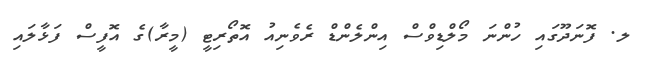
ލ. ފޮނަދޫގައި ހުންނަ މޯލްޑިވްސް އިންލެންޑް ރެވެނިއު އޮތޯރިޓީ (މީރާ)ގެ އޮފީސް ފަޅާލައި